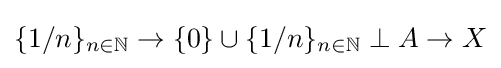
\{1/n\}_{n\in \mathbb {N} }\to \{0\}\cup \{1/n\}_{n\in \mathbb {N} }\perp A\to X